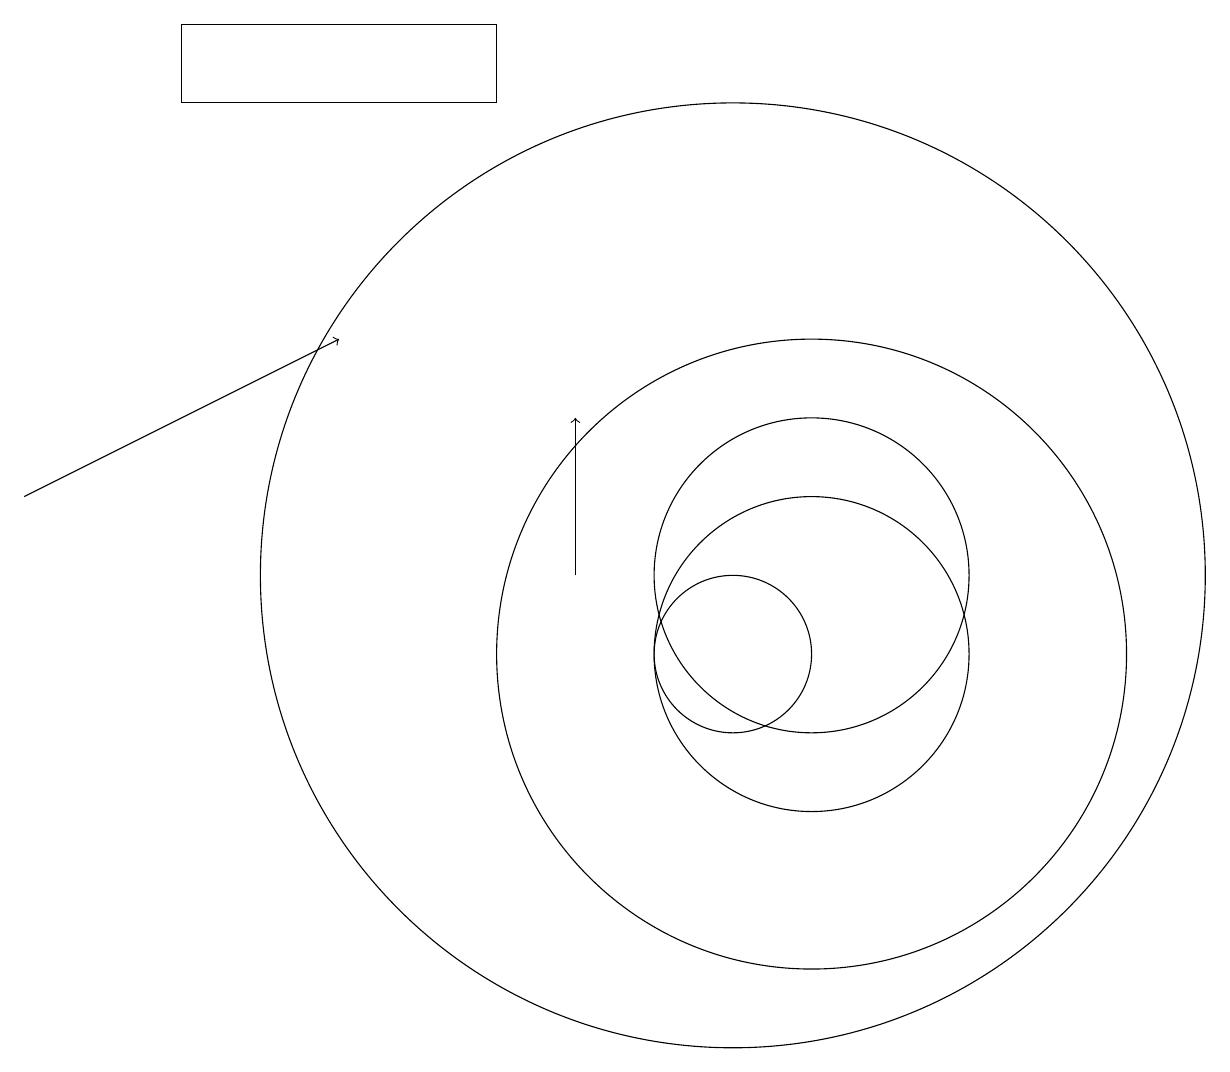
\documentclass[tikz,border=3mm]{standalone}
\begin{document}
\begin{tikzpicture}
\draw (10,11) circle (6);
\draw (10,10) circle (1);
\draw[->] (8,11) -- (8,13);
\draw (11,11) circle (2);
\draw (11,10) circle (2);
\draw[->] (1,12) -- (5,14);
\draw (3,17) rectangle (7,18);
\draw (11,10) circle (4);
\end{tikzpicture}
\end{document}